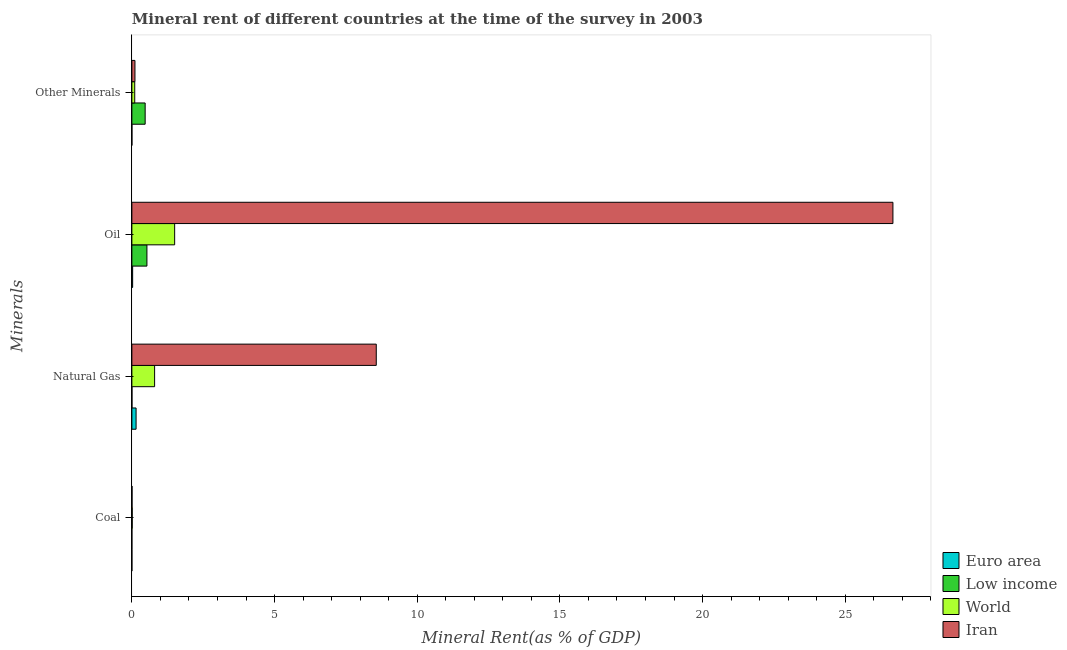
| Minerals | Euro area | Low income | World | Iran |
 | --- | --- | --- | --- | --- |
 | Coal | 0.000356 | 0.000271 | 0.0124 | 0.00574 |
 | Natural Gas | 0.147 | 0.00293 | 0.796 | 8.56 |
 | Oil | 0.0268 | 0.527 | 1.5 | 26.7 |
 | Other Minerals | 0.000917 | 0.465 | 0.1 | 0.108 |